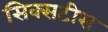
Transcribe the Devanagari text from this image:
सिक्सटीस